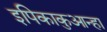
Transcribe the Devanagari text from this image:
इपिकाकुआन्हा